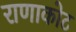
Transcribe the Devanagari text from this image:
राणाकोट